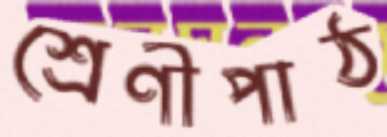
শ্রেণীপাঠ